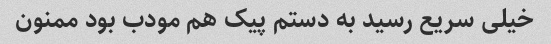
خیلی سریع رسید به دستم پیک هم مودب بود ممنون